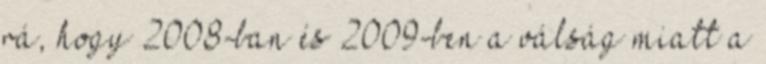
rá, hogy 2008-ban és 2009-ben a válság miatt a